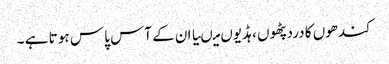
کندھوں کا درد پٹھو ں ،ہڈیوں میںیا ان کے آس پا س ہو تا ہے ۔